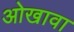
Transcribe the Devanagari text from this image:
ओखावा